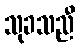
သုခသညီ